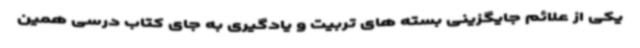
یکی از علائم جایگزینی بسته های تربیت و یادگیری به جای کتاب درسی همین